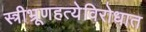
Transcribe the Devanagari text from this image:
स्त्रीभ्रूणहत्येविरोधात